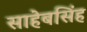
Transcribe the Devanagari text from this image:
साहेबसिंह